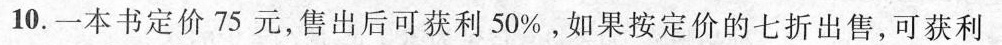
10.一本书定价75元，售出后可获利50%，如果按定价的七折出售，可获利